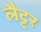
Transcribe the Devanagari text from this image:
लैट्टर